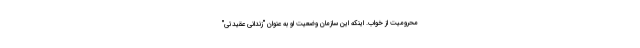
محرومیت از خواب. اینکه این سازمان وضعیت او به عنوان "زندانی عقیدتی"